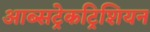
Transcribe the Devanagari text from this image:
आब्सट्रेकट्रिशियन